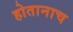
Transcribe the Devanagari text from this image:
होतानाच